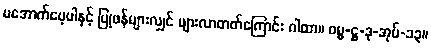
မအောက်မေ့ပါနှင့် ပြုဖန်များလျှင် များလာတတ်ကြောင်း ဂါထာ။ ဓမ္မ-ဋ္ဌ-ဒု-အုပ်-၁၃။